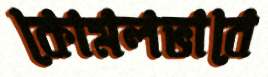
কোমলভাবে